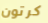
كرتون